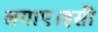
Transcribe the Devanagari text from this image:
लगाए।इसी